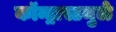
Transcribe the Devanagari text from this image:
कॉन्ट्रास्टमुळे